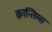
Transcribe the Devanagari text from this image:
क्रान्तिमा